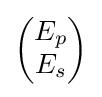
\left({\begin{matrix}E_{p}\\E_{s}\\\end{matrix}}\right)